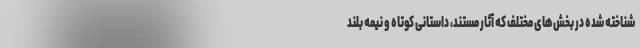
شناخته شده در بخش‌های مختلف که آثار مستند، داستانی کوتاه و نیمه بلند